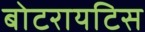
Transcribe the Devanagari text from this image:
बोटरायटिस